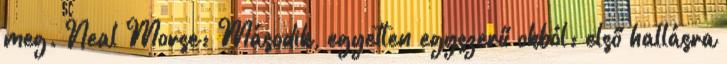
meg. Neal Morse: Második, egyetlen egyszerű okból: első hallásra